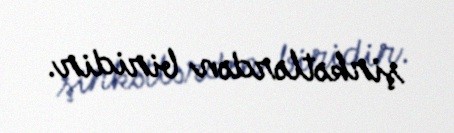
şirkətlərdən biridir.